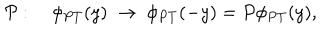
{ \cal P } : \quad \phi _ { P T } ( y ) \; \rightarrow \; \phi _ { P T } ( - y ) = P \phi _ { P T } ( y ) ,